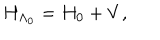
LaTeX: H _ { \Lambda _ { 0 } } = H _ { \mathrm { 0 } } + V ,